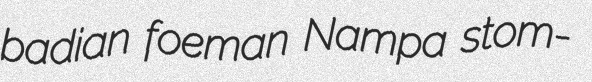
badian foeman Nampa stom-